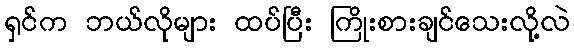
ရှင်က ဘယ်လိုများ ထပ်ပြီး ကြိုးစားချင်သေးလို့လဲ